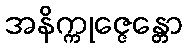
အနိက္ကုဇ္ဇေန္တော